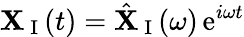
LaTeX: \mathbf{X}_{\mathrm{~I~}}(t)=\hat{\mathbf{X}}_{\mathrm{~I~}}(\omega)\, \mathrm{e}^{i\omega t}